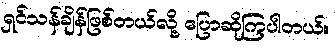
ရှင်သန်ချိန်ဖြစ်တယ်လို့ ပြောဆိုကြပါတယ်။